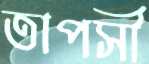
তাপসী